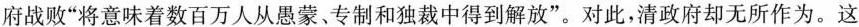
府战败”将意味着数百万人从愚蒙、专制和独裁中得到解放”。对此，清政府却无所作为。这